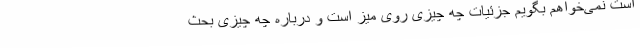
است نمی‌خواهم بگویم جزئیات چه چیزی روی میز است و درباره چه چیزی بحث